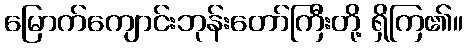
မြောက်ကျောင်းဘုန်းတော်ကြီးတို့ ရှိကြ၏။